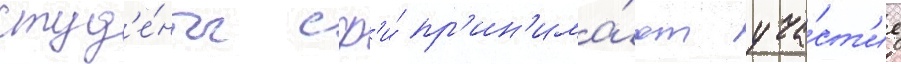
студ'е́нты сф'и́ пр'ин'има́ют уча́ст'ие